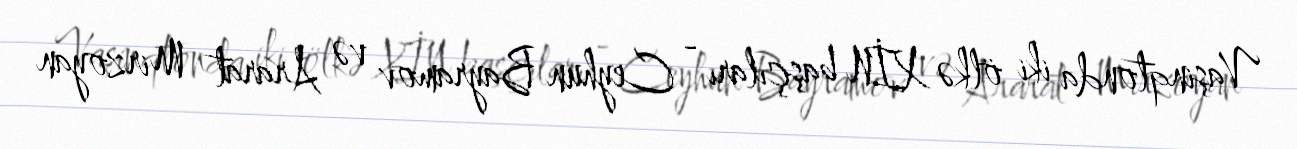
Vaşinqtonda iki ölkə XİN başçıları - Ceyhun Bayramov və Ararat Mirzoyan